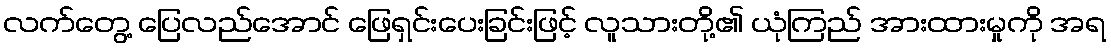
လက်တွေ့ ပြေလည်အောင် ဖြေရှင်းပေးခြင်းဖြင့် လူသားတို့၏ ယုံကြည် အားထားမှုကို အရ